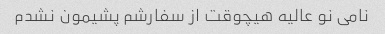
نامی نو عالیه هیچوقت از سفارشم پشیمون نشدم